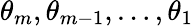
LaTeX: \theta_{m},\theta_{m-1},\ldots,\theta_{1}